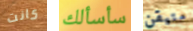
كانت سأسألك متيقن